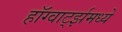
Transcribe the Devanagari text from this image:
हॉग्वार्ट्झमध्ये